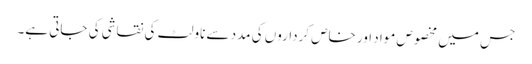
جس میں مخصوص مواد اور خاص کرداروں کی مدد سے ناولٹ کی نقاشی کی جاتی ہے۔